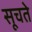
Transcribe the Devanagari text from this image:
सूचते